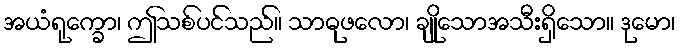
အယံရုက္ခော၊ ဤသစ်ပင်သည်။ သာဓုဖလော၊ ချိုသောအသီးရှိသော။ ဒုမော၊